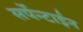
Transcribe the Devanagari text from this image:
सर्पेन्टाईन